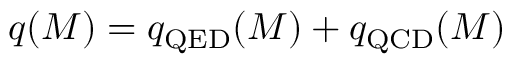
q ( M ) = q _ { \mathrm { Q E D } } ( M ) + q _ { \mathrm { Q C D } } ( M )